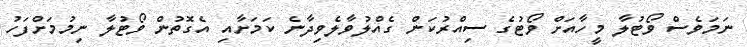
ނަމަވެސް ވޯޓުލާ މީހާއަށް ވޯޓުގެ ސިއްރުކަން ގެއްލުވާލެވިދާނެ ކަމަށާއި އެގޮތުން ވޯޓުލާ ނިމުމަށްފަހު